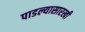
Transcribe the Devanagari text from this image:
पाडल्यासारखी